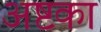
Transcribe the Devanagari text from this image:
अष्टका